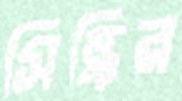
সিন্ধির